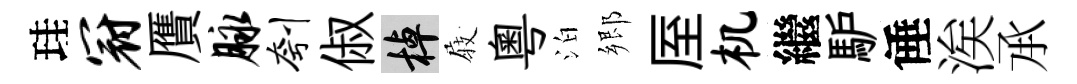
珪冠贋脉刳俶棹𡲆粤泊郷厔机繼馿倕涘𠄘